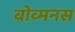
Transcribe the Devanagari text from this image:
बोव्मनस